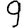
Digit: 9